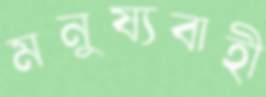
মনুষ্যবাহী